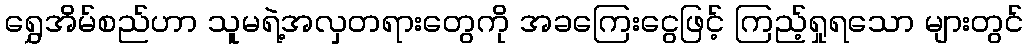
ရွှေအိမ်စည်ဟာ သူမရဲ့အလှတရားတွေကို အခကြေးငွေဖြင့် ကြည့်ရှုရသော များတွင်